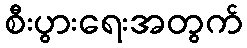
စီးပွားရေးအတွက်